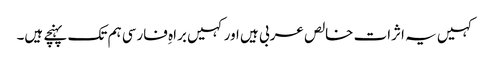
کہیں یہ اثرات خالص عربی ہیں اورکہیں براہِ فارسی ہم تک پہنچے ہیں۔